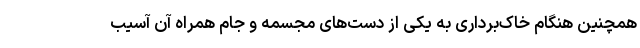
همچنین هنگام خاک‌برداری به یکی از دست‌های مجسمه و جام همراه آن آسیب